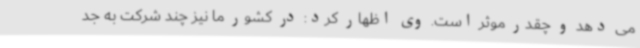
می دهد و چقدر موثر است. وی اظهار کرد: در کشور ما نیز چند شرکت به جد